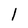
Character: 1